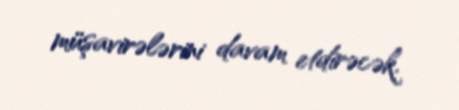
müşavirələrini davam etdirəcək.